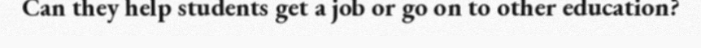
Can they help students get a job or go on to other education?